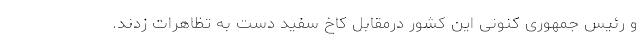
و رئیس جمهوری کنونی این کشور درمقابل کاخ سفید دست به تظاهرات زدند.